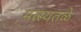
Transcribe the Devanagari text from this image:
मत्स्यतळे